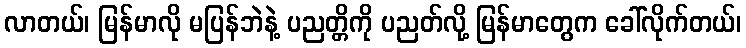
လာတယ်၊ မြန်မာလို မပြန်ဘဲနဲ့ ပညတ္တိကို ပညတ်လို့ မြန်မာတွေက ခေါ်လိုက်တယ်၊